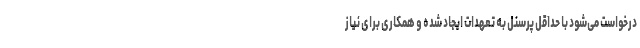
درخواست می‌شود با حداقل پرسنل به تعهدات ایجاد شده و همکاری برای نیاز